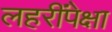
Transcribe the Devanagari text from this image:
लहरींपेक्षा